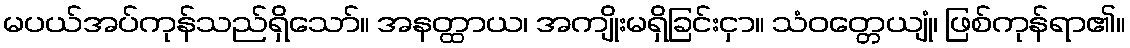
မပယ်အပ်ကုန်သည်ရှိသော်။ အနတ္ထာယ၊ အကျိုးမရှိခြင်းငှာ။ သံဝတ္တေယျုံ၊ ဖြစ်ကုန်ရာ၏။